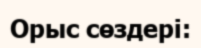
Орыс сөздері: